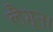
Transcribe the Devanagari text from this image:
लैगून।